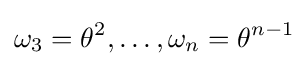
\omega _{3}=\theta ^{2},\ldots ,\omega _{n}=\theta ^{n-1}